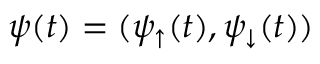
\psi ( t ) = ( \psi _ { \uparrow } ( t ) , \psi _ { \downarrow } ( t ) )